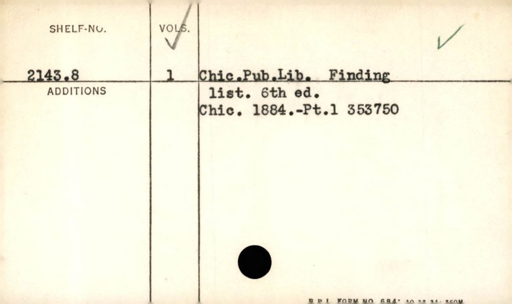
Label: content